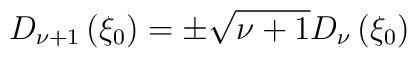
D_{\nu +1}\left( \xi _{0}\right) =\pm \sqrt{\nu +1}D_{\nu }\left( \xi_{0}\right)